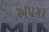
અપગર